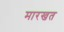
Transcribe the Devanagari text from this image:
मारखत